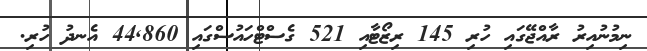
ނިމުނުއިރު ރާއްޖޭގައި ހުރި 145 ރިޒޯޓާއި 521 ގެސްޓްހައުސްގައި 44